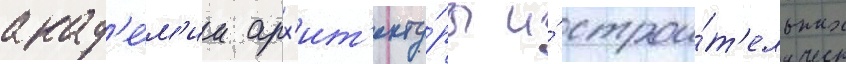
акад'е́м'ии арх'ит'екту́ры и́ строи́т'ельных